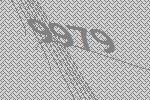
9979